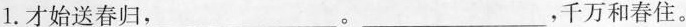
1.才始送春归，___。___，千万和春住。